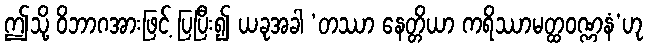
ဤသို့ ဝိဘာဂအားဖြင့် ပြပြီး၍ ယခုအခါ ‘တဿာ နေတ္တိယာ ကရိဿာမတ္ထဝဏ္ဏနံ’ဟု